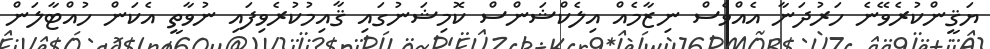
ޔަޤީންކުރެވޭނެ ހަރުދަނާ އެއްވެސް ނިޒާމެއް އިލެކްޝަންސް ކޮމިޝަނުގައި ޤާއިމުކުރެވިފައި ނުވާތީ އެކަން ހުއްޓާލަން